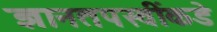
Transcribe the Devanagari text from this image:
ज्ञानतपस्वींकडे